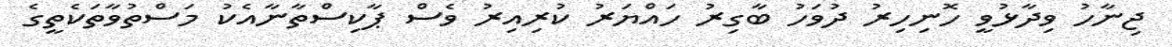
ޖިނާހު ވިދާޅުވީ ހޮނިހިރު ދުވަހު ބާގިރު ހައްޔަރު ކުރިއިރު ވެސް ޕާކިސްތާނާއެކު މަސްތުވާތަކެތީގެ